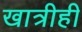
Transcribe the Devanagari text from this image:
खात्रीही